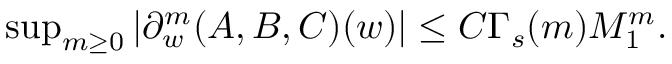
\begin{array} { r } { \operatorname* { s u p } _ { m \geq 0 } | \partial _ { w } ^ { m } ( A , B , C ) ( w ) | \leq C \Gamma _ { s } ( m ) M _ { 1 } ^ { m } . } \end{array}